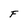
Character: F